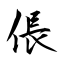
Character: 倀